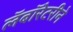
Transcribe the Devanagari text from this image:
लॅबॉरेटरीने